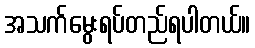
အသက်မွေးရပ်တည်ရပါတယ်။